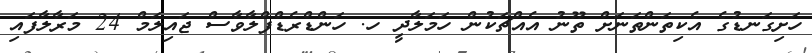
ހަށިގަނޑުގެ އެކިތަންތަނަށް ތޫނު އެއްޗަކުން ހަމަލާދީ ހ. ހަންޑްރެޑްފްލާވާސް ޖައިލަމް 24 މަރާލާފައި